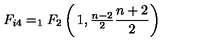
F _ { i 4 } = _ { 1 } F _ { 2 } \left( \begin{matrix} { 1 , \frac { n - 2 } { 2 } } \\ { \frac { n + 2 } { 2 } } \\ \end{matrix} \right)